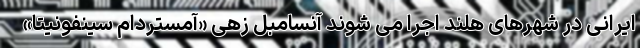
ایرانی در شهرهای هلند اجرا می شوند آنسامبل زهی «آمستردام سینفونیتا»